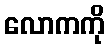
လောကကို